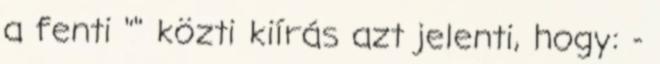
a fenti "" közti kiírás azt jelenti, hogy: -